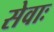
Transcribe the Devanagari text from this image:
सेवाः